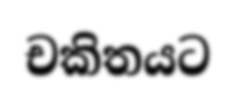
චකිතයට